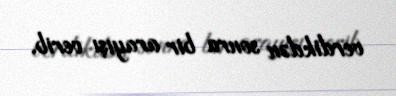
verdikdən sonra bir arayışı verib.